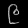
Digit: ၉